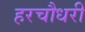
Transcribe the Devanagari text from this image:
हरचौधरी